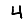
Digit: 4